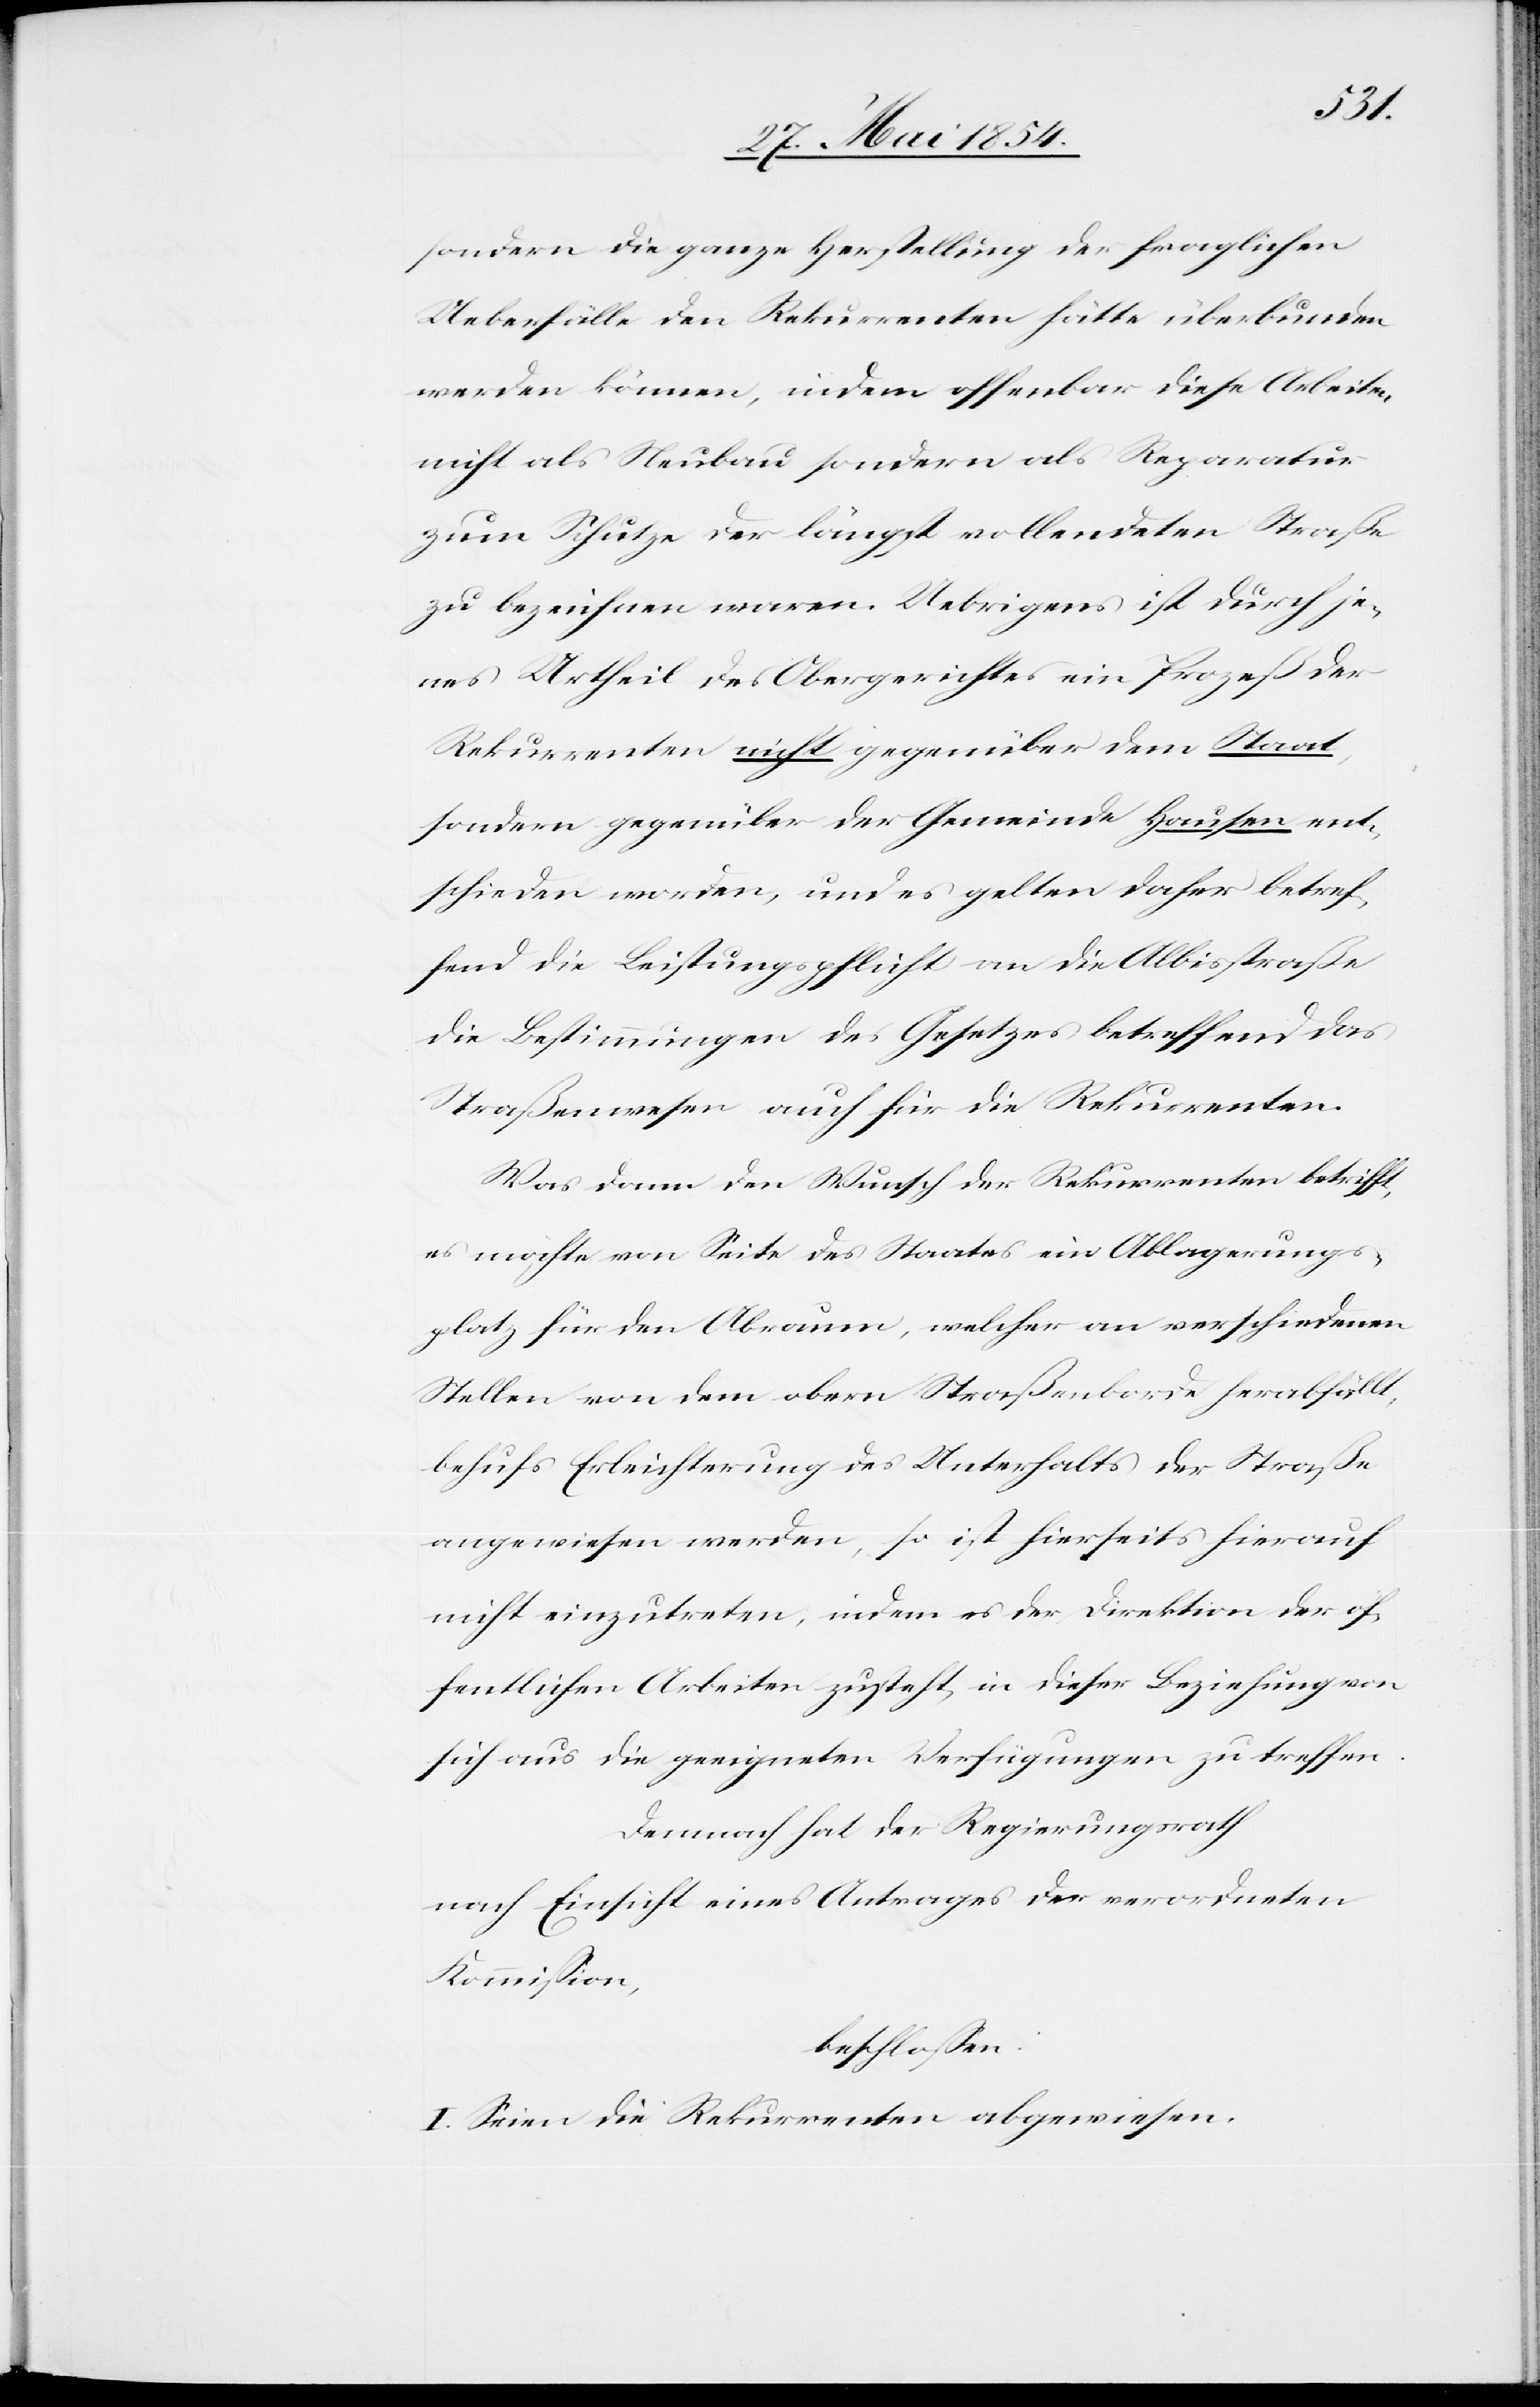
sondern die ganze Herstellung der fraglichen
Ueberfälle den Rekurrenten hätte überbunden
werden können, indem offenbar diese Arbeiten
nicht als Neubau sondern als Reparatur
zum Schutze der längst vollendeten Straße
zu bezeichnen waren. Uebrigens ist durch je¬
nes Urtheil des Obergerichtes ein Prozeß der
Rekurrenten nicht gegenüber dem Staat,
sondern gegenüber der Gemeinde Hausen ent¬
schieden worden, und es gelten daher betref¬
fend die Leistungspflicht an die Albisstraße
die Bestimmungen des Gesetzes betreffend das
Straßenwesen auch für die Rekurrenten.
Was dann den Wunsch der Rekurrenten betrifft,
es möchte von Seite des Staates ein Ablagerungs¬
platz für den Abraum, welcher an verschiedenen
Stellen von dem obern Straßenborde herabfällt,
behufs Erleichterung des Unterhalts der Straße
angewiesen werden, so ist hierseits hierauf
nicht einzutreten, indem es der Direktion der öf¬
fentlichen Arbeiten zusteht, in dieser Beziehung von
sich aus die geeigneten Verfügungen zu treffen.
Demnach hat der Regierungsrath
nach Einsicht eines Antrages der verordneten
Kommißion,
beschloßen:
I. Seien die Rekurrenten abgewiesen.